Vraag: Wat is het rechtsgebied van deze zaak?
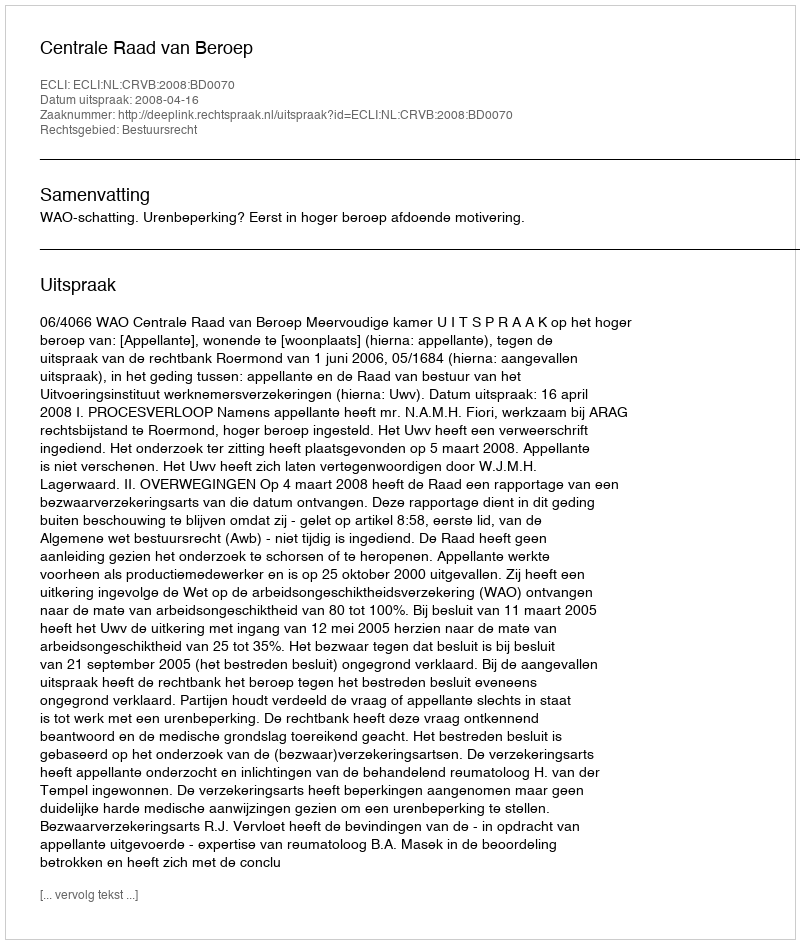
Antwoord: Bestuursrecht